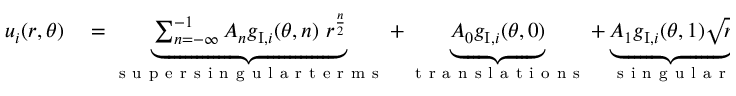
\begin{array} { r l } { u _ { i } ( r , \theta ) } & { { } = \underbrace { \sum _ { n = - \infty } ^ { - 1 } A _ { n } g _ { \mathrm { I } , i } ( \theta , n ) \ r ^ { \frac { n } { 2 } } } _ { \mathrm { ~ s ~ u ~ p ~ e ~ r ~ s ~ i ~ n ~ g ~ u ~ l ~ a ~ r ~ t ~ e ~ r ~ m ~ s ~ } } + \underbrace { A _ { 0 } g _ { \mathrm { I } , i } ( \theta , 0 ) } _ { \mathrm { ~ t ~ r ~ a ~ n ~ s ~ l ~ a ~ t ~ i ~ o ~ n ~ s ~ } } + \underbrace { A _ { 1 } g _ { \mathrm { I } , i } ( \theta , 1 ) \sqrt { r } } _ { \mathrm { ~ s ~ i ~ n ~ g ~ u ~ l ~ a ~ r ~ } } + \underbrace { \sum _ { n = 2 } ^ { \infty } A _ { n } g _ { \mathrm { I } , i } ( \theta , n ) \ r ^ { \frac { n } { 2 } } } _ { \mathrm { ~ s ~ u ~ b ~ s ~ i ~ n ~ g ~ u ~ l ~ a ~ r ~ t ~ e ~ r ~ m ~ s ~ } } } \end{array}